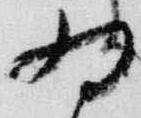
為